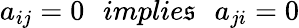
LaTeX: a_{ij}=0\: \: \: implie\mathfrak{s}\: \: \: a_{ji}=0